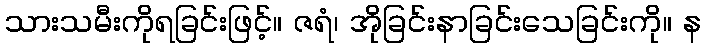
သားသမီးကိုရခြင်းဖြင့်။ ဇရံ၊ အိုခြင်းနာခြင်းသေခြင်းကို။ န